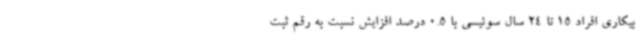
بیکاری افراد 15 تا 24 سال سوئیسی با 0.5 درصد افزایش نسبت به رقم ثبت